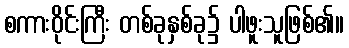
စကားဝိုင်းကြီး တစ်ခုနှစ်ခု၌ ပါဖူးသူဖြစ်၏။